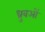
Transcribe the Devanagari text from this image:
ध्रुवओं